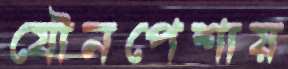
যৌনপেশায়